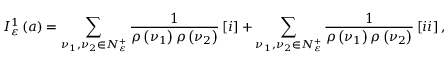
I _ { \varepsilon } ^ { 1 } \left( a \right) = \sum _ { \nu _ { 1 } , \nu _ { 2 } \in { \cal N } _ { \varepsilon } ^ { + } } \frac { 1 } { \rho \left( \nu _ { 1 } \right) \rho \left( \nu _ { 2 } \right) } \left[ { \LARGE i } \right] + \sum _ { \nu _ { 1 } , \nu _ { 2 } \in { \cal N } _ { \varepsilon } ^ { + } } \frac { 1 } { \rho \left( \nu _ { 1 } \right) \rho \left( \nu _ { 2 } \right) } \left[ { \Large i i } \right] ,